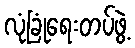
လုံခြုံရေးတပ်ဖွဲ့